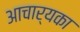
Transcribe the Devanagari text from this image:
आचार्यका